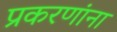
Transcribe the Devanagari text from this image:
प्रकरणांना